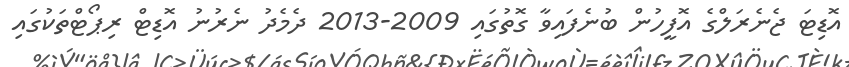
އޮޑިޓަ ޖެނެރަލްގެ އޮފީހުން ބުނެފައިވާ ގޮތުގައި 2009-2013 ދެމެދު ނެރުނު އޮޑިޓް ރިޕޯޓްތަކުގައި